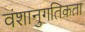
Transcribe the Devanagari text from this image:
वंशानुगतिकता